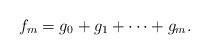
LaTeX: \begin{align*} f_m = g_0 + g_1 + \cdots + g_m.\end{align*}